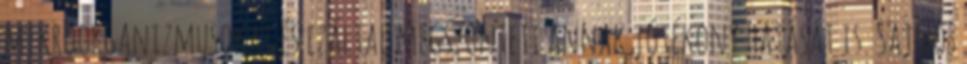
mikroorganizmusokat és ezáltal megszünteti annak jótékony hatását is. Sajnos